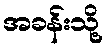
အခန်းသို့